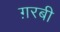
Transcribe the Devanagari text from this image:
ग़रबी